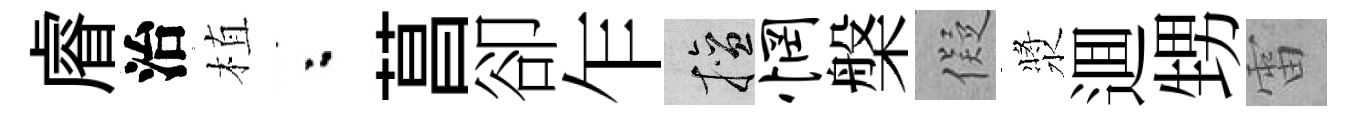
𥈠治植粉菖卻乍擅惘槃儗漿逥甥雷